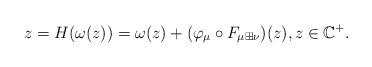
LaTeX: \begin{align*}z=H(\omega(z))=\omega(z)+(\varphi_{\mu}\circ F_{\mu\boxplus\nu})(z),z\in\mathbb{C}^{+}.\end{align*}